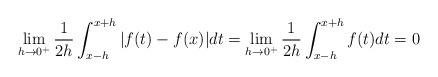
LaTeX: \begin{align*}\lim_{h\rightarrow 0^+} \frac{1}{2h}\int_{x-h}^{x+h}\vert f(t)-f(x)\vert dt=\lim_{h\rightarrow 0^+} \frac{1}{2h}\int_{x-h}^{x+h}f(t)dt=0\end{align*}